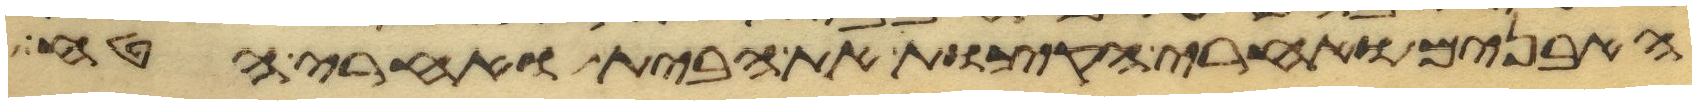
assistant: האבנים ואחרי הקצות את הבית ואחרי הטח